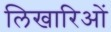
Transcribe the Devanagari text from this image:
लिखारिओं